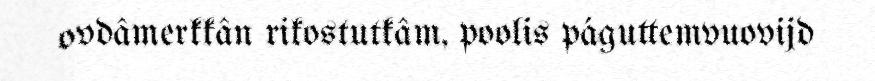
ovdâmerkkân rikostutkâm, poolis páguttemvuovijd